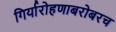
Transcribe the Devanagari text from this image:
गिर्यारोहणाबरोबरच